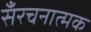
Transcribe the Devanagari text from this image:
सँरचनात्मक